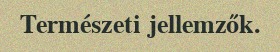
Természeti jellemzők.